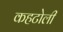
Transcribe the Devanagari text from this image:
कहटोली